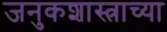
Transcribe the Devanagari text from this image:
जनुकशास्त्राच्या